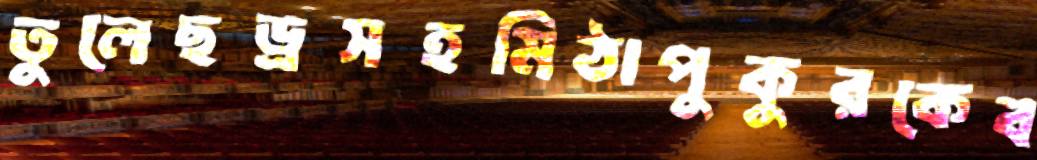
তুলেছড্রসহমিঠাপুকুরকেব